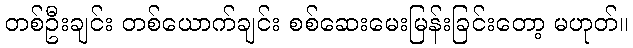
တစ်ဦးချင်း တစ်ယောက်ချင်း စစ်ဆေးမေးမြန်းခြင်းတော့ မဟုတ်။